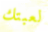
لعبتك